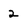
Character: 2